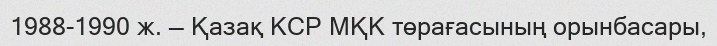
1988-1990 ж. — Қазақ КСР МҚК төрағасының орынбасары,